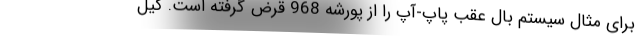
برای مثال سیستم بال عقب پاپ-آپ را از پورشه 968 قرض گرفته است. کیل